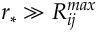
r _ { * } \gg R _ { i j } ^ { m a x }